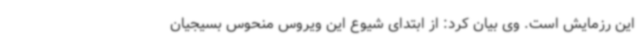
این رزمایش است. وی بیان کرد: از ابتدای شیوع این ویروس منحوس بسیجیان